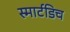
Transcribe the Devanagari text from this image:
स्मार्टडिच